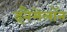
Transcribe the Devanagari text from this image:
इनैमेलॉन